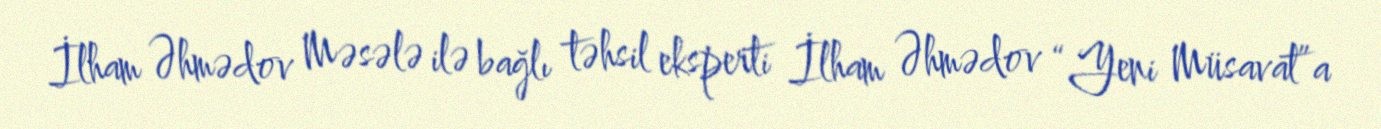
İlham Əhmədov Məsələ ilə bağlı təhsil eksperti İlham Əhmədov “Yeni Müsavat”a